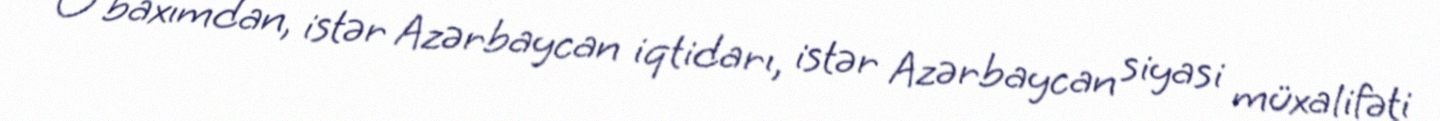
O baxımdan, istər Azərbaycan iqtidarı, istər Azərbaycan siyasi müxalifəti